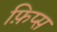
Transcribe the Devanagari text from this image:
फ़िप्स